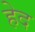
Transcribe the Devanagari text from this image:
हेद